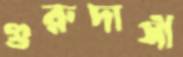
গুরুদাসী